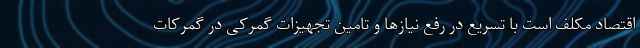
اقتصاد مکلف است با تسریع در رفع نیازها و تامین تجهیزات گمرکی در گمرکات